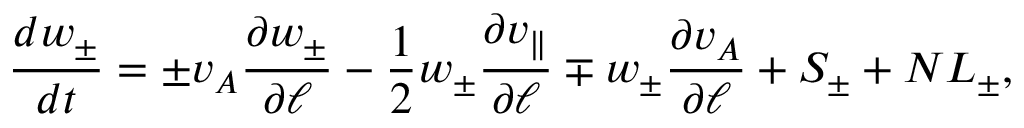
\frac { d w _ { \pm } } { d t } = \pm v _ { A } \frac { \partial w _ { \pm } } { \partial \ell } - \frac { 1 } { 2 } w _ { \pm } \frac { \partial v _ { \parallel } } { \partial \ell } \mp w _ { \pm } \frac { \partial v _ { A } } { \partial \ell } + S _ { \pm } + N L _ { \pm } ,